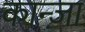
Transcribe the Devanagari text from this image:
कान्ज़ा